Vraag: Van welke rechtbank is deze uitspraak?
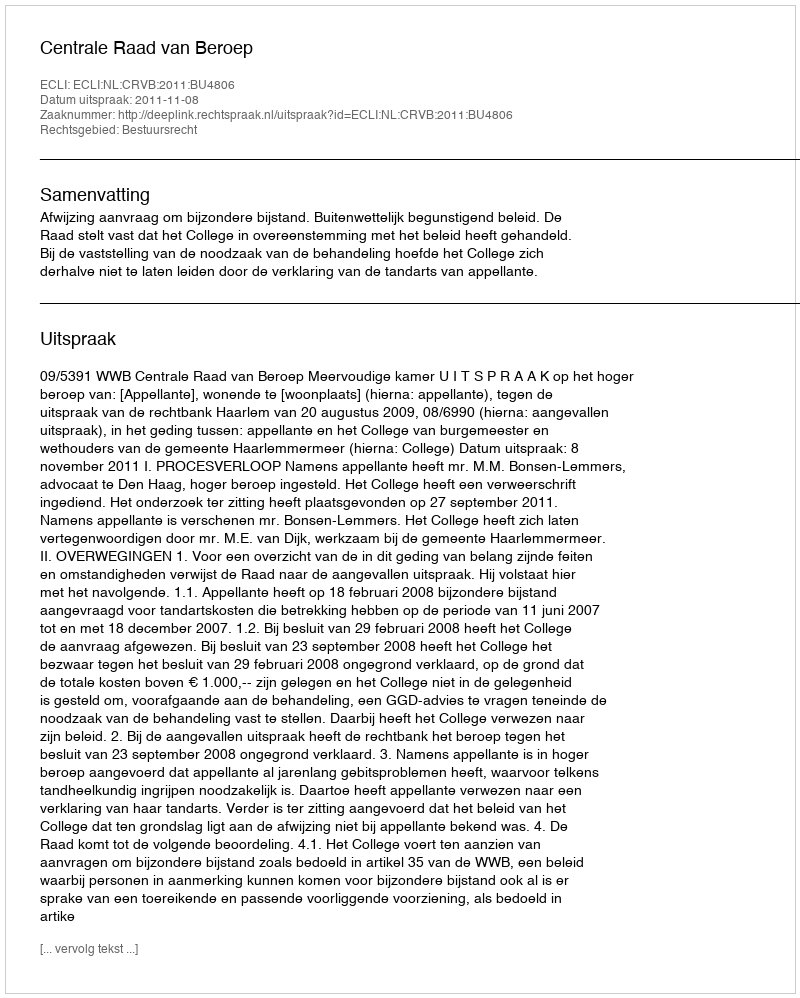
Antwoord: Centrale Raad van Beroep